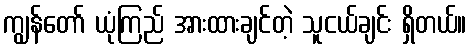
ကျွန်တော် ယုံကြည် အားထားချင်တဲ့ သူငယ်ချင်း ရှိတယ်။